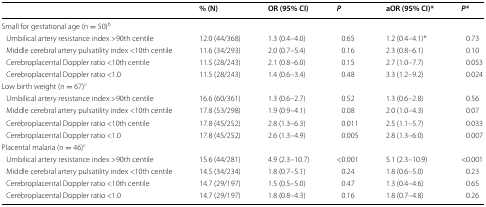
<table><thead><tr><td></td><td><b>% (N)</b></td><td><b>OR (95% CI)</b></td><td><b><i>P</i></b></td><td><b>aOR (95% CI)*</b></td><td><b><i>P*</i></b></td></tr></thead><tbody><tr><td colspan="6">Small for gestational age (n = 50)<sup>b</sup></td></tr><tr><td> Umbilical artery resistance index &gt;90th centile</td><td>12.0 (44/368)</td><td>1.3 (0.4–4.0)</td><td>0.65</td><td>1.2 (0.4–4.1)*</td><td>0.73</td></tr><tr><td> Middle cerebral artery pulsatility index &lt;10th centile</td><td>11.6 (34/293)</td><td>2.0 (0.7–5.4)</td><td>0.16</td><td>2.3 (0.8–6.1)</td><td>0.10</td></tr><tr><td> Cerebroplacental Doppler ratio &lt;10th centile</td><td>11.5 (28/243)</td><td>2.1 (0.8–6.0)</td><td>0.15</td><td>2.7 (1.0–7.7)</td><td>0.053</td></tr><tr><td> Cerebroplacental Doppler ratio &lt;1.0</td><td>11.5 (28/243)</td><td>1.4 (0.6–3.4)</td><td>0.48</td><td>3.3 (1.2–9.2)</td><td>0.024</td></tr><tr><td colspan="6">Low birth weight (n = 67)<sup>c</sup></td></tr><tr><td> Umbilical artery resistance index &gt;90th centile</td><td>16.6 (60/361)</td><td>1.3 (0.6–2.7)</td><td>0.52</td><td>1.3 (0.6–2.8)</td><td>0.56</td></tr><tr><td> Middle cerebral artery pulsatility index &lt;10th centile</td><td>17.8 (53/298)</td><td>1.9 (0.9–4.1)</td><td>0.08</td><td>2.0 (1.0–4.3)</td><td>0.07</td></tr><tr><td> Cerebroplacental Doppler ratio &lt;10th centile</td><td>17.8 (45/252)</td><td>2.8 (1.3–6.3)</td><td>0.011</td><td>2.5 (1.1–5.7)</td><td>0.033</td></tr><tr><td> Cerebroplacental Doppler ratio &lt;1.0</td><td>17.8 (45/252)</td><td>2.6 (1.3–4.9)</td><td>0.005</td><td>2.8 (1.3–6.0)</td><td>0.007</td></tr><tr><td colspan="6">Placental malaria (n = 46)<sup>c</sup></td></tr><tr><td> Umbilical artery resistance index &gt;90th centile</td><td>15.6 (44/281)</td><td>4.9 (2.3–10.7)</td><td>&lt;0.001</td><td>5.1 (2.3–10.9)</td><td>&lt;0.001</td></tr><tr><td> Middle cerebral artery pulsatility index &lt;10th centile</td><td>14.5 (34/234)</td><td>1.8 (0.7–5.1)</td><td>0.24</td><td>1.8 (0.6–5.0)</td><td>0.23</td></tr><tr><td> Cerebroplacental Doppler ratio &lt;10th centile</td><td>14.7 (29/197)</td><td>1.5 (0.5–5.0)</td><td>0.47</td><td>1.3 (0.4–4.6)</td><td>0.65</td></tr><tr><td> Cerebroplacental Doppler ratio &lt;1.0</td><td>14.7 (29/197)</td><td>1.8 (0.8–4.3)</td><td>0.16</td><td>1.8 (0.7–4.8)</td><td>0.26</td></tr></tbody></table>